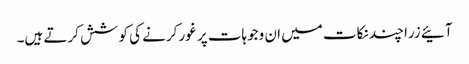
آئیے زرا چند نکات میں ان وجوہات پر غور کرنے کی کوشش کرتے ہیں۔